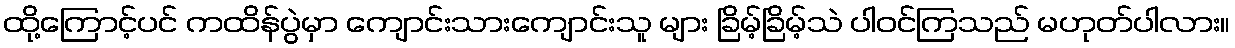
ထို့ကြောင့်ပင် ကထိန်ပွဲမှာ ကျောင်းသားကျောင်းသူ များ ခြိမ့်ခြိမ့်သဲ ပါဝင်ကြသည် မဟုတ်ပါလား။